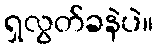
ရှလွတ်ခနဲပဲ။